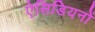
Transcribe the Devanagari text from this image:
ऐसिडियनों